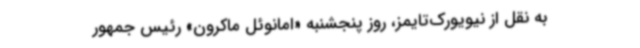
به نقل از نیویورک‌تایمز، روز پنجشنبه «امانوئل ماکرون» رئیس جمهور